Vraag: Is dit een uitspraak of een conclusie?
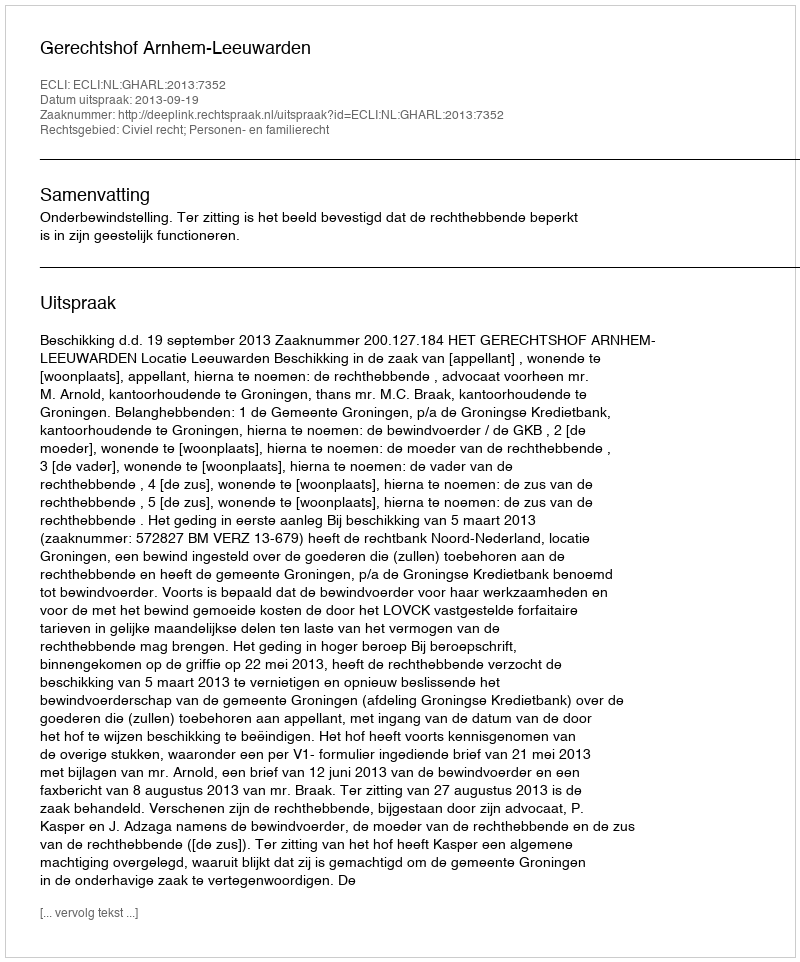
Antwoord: Uitspraak